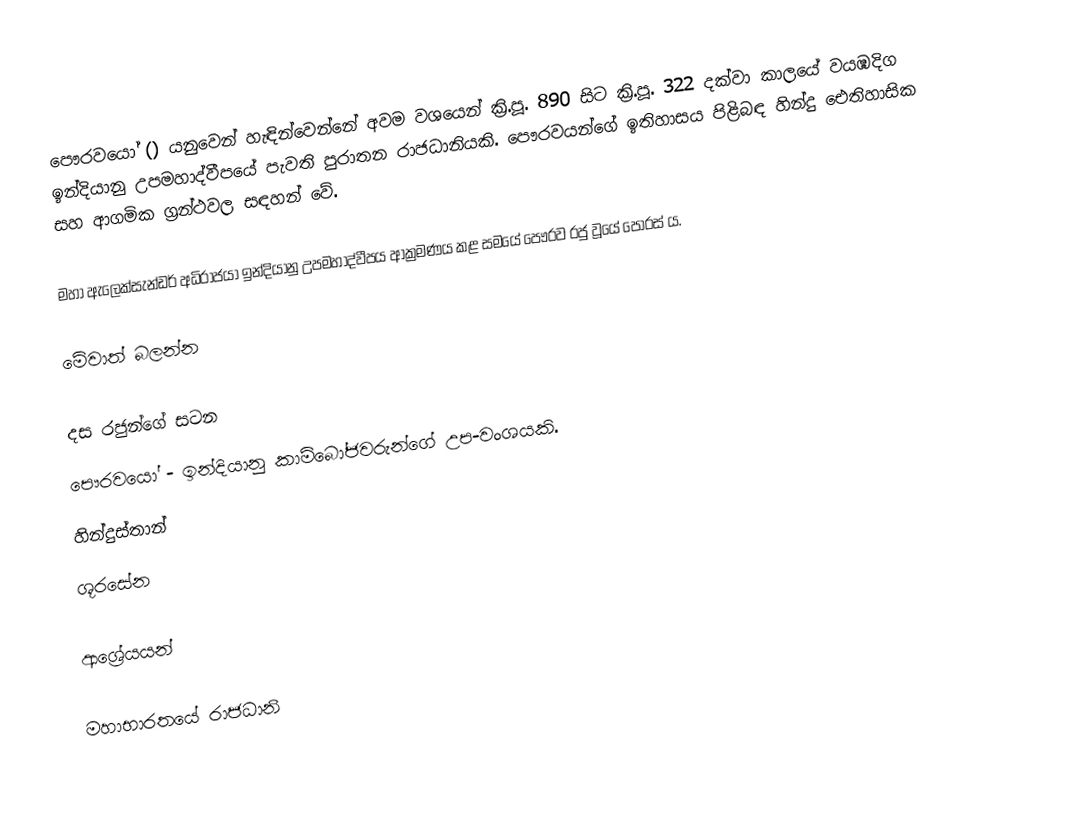
පෞරවයෝ () යනුවෙන් හැඳින්වෙන්නේ අවම වශයෙන් ක්‍රි.පූ. 890 සිට ක්‍රි.පූ. 322 දක්වා කාලයේ වයඹදිග ඉන්දියානු උපමහාද්වීපයේ පැවති පුරාතන රාජධානියකි. පෞරවයන්ගේ ඉතිහාසය පිළිබඳ හින්දු ඓතිහාසික සහ ආගමික ග්‍රන්ථවල සඳහන් වේ.

මහා ඇලෙක්සැන්ඩර් අධිරාජයා ඉන්දියානු උපමහාද්වීපය ආක්‍රමණය කළ සමයේ පෞරව රජු වූයේ පෝරස් ය.

මේවාත් බලන්න

දස රජුන්ගේ සටන
පෞරවයෝ - ඉන්දියානු කාම්බෝජවරුන්ගේ උප-වංශයකි.
හින්දුස්තාන්
ශූරසේන

ආශ්‍රේයයන්

මහාභාරතයේ රාජධානි